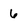
Character: 6